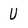
Character: U